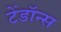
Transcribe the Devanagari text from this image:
टेंडॉन्स